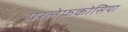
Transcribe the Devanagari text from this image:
परलेफकोसिया